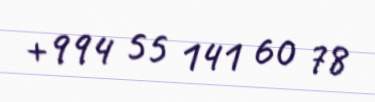
+994 55 141 60 78